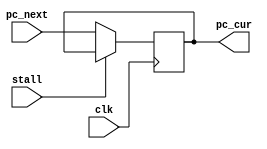
module PC (
    input clk,
    input stall,
    input [31:0] pc_next,
    output reg [31:0] pc_cur
);
    initial begin
        pc_cur=32'h2ffc;
    end
    always @(posedge clk) begin
        if(stall)
            pc_cur<=pc_cur;
        else
            pc_cur<=pc_next;
    end
endmodule